Petrogradi_Kontroll-Opteerimise_Komisjon, lk 85
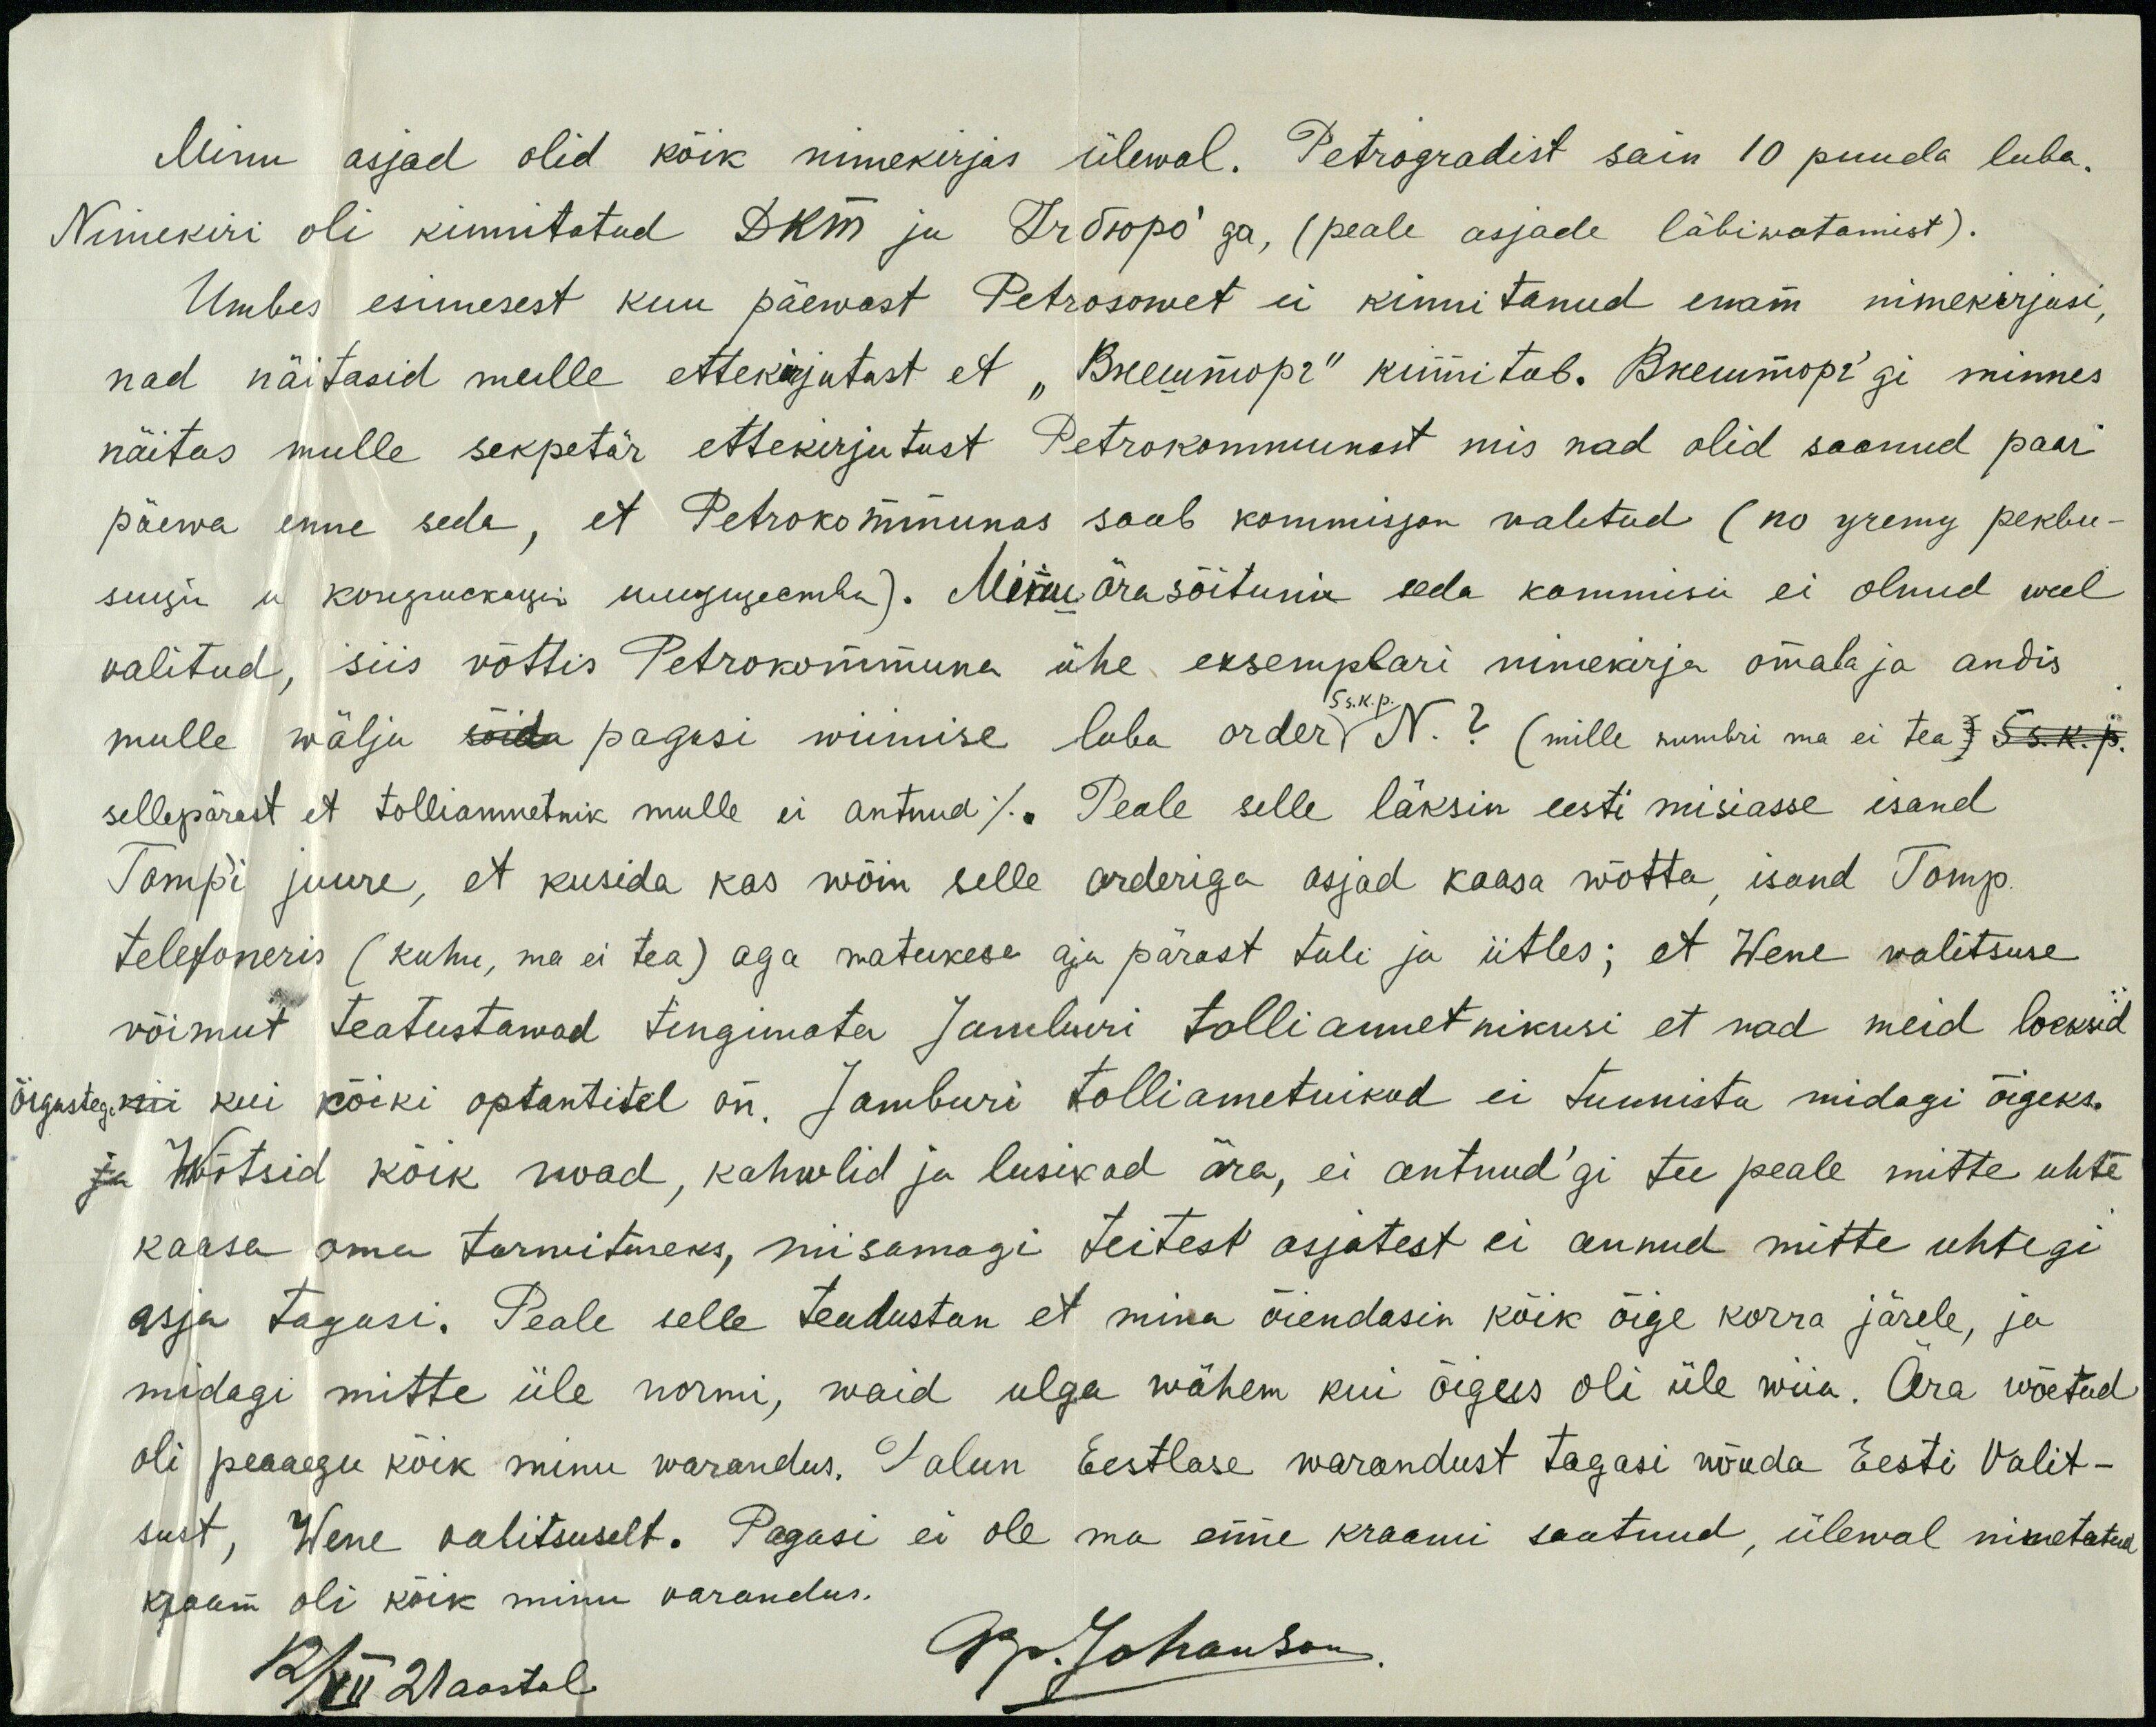
Minu asjad olid kõik nimekirjas ülewal. Petrogradist sain 10 puuda luba.
Nimekiri oli kinnitatud Ikm ja Бююро´ga, (peale asjade läbiwatamist).
Umbes esimesest kuu päewast Petrosowet ei kinnitanud enam nimekirjusi,
nad näitasid mulle ettekirjutust et "Велиторъ" kinnitab. Вкелмтоpi`gi minnes
näitas mulle sekpetär ettekirjutust Petrokommunast mis nad olid saanud paar
päewa enne seda, et Petrokommunas saab kommisjon valitud (no gremp peklu-
suju ja konpukogu suugugemba). Minu ärasõituni seda kommisu ei olnud weel
valitud, siis võttis Petrokommuna ühe eksemplari nimekirja omala ja andis
5 s.k.p.
mulle wälja sõidu pagasi wiimise luba order N. ? (mille numbri ma ei tea) 5 s.k.p.
sellepärast et tolliamnetnik mulle ei antnud). Peale selle läksin eesti misiasse isand
Tomp'i juure, et kusida kas wõin selle orderiga asjad kaasa wõtta, isand Tomp
telefoneris (kuhu, ma ei tea) aga natukese aja pärast tuli ja ütles; et Wene valitsuse
võimut teatustawad tingimata Jamburi tolliametnikusi et nad meid loeksid
õigutega nii kui kõiki optantitel on. Jamburi tolliametnikud ei tunnista midagi õigeks.
ja Wõtsid kõik noad, kahwlid ja lusikad ära, ei antnud'gi tee peale mitte uhte
kaasa oma tarwituseks, niisamagi teitest asjatest ei annud mitte uhtegi
asja tagasi. Peale selle teadustan et mina õiendasin kõik õige korra järele, ja
midagi mitte üle normi, waid ulga wähem kui õigus oli üle wiia. Ära wõetud
oli peaaegu kõik minu warandus. Palun Eestlase warandust tagasi nõnda Eesti Valit-
sust, Wene valitsuselt. Pagasi ei ole ma enne kraami saatnud, ülewal nimetatud
kraam oli kõik minu varandus.
12/VII 21aastal.
Ap. Johanson